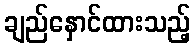
ချည်နှောင်ထားသည့်